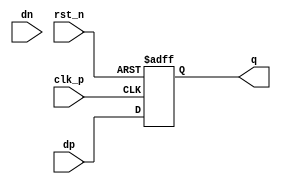
// SPDX-License-Identifier: Apache-2.0
// Copyright (C) 2019 Intel Corporation. 
module io_phdet_ff_ln (dp, dn, clk_p, rst_n, q);
input  dp, dn, clk_p, rst_n;
output q;
reg    q;

always @(posedge clk_p or negedge rst_n)
  if (~rst_n)           q <= 1'b0;
  else                  q <= dp;

endmodule // io_phdet_ff_ln